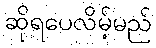
ဆိုရပေလိမ့်မည်